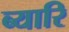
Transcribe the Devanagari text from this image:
ब्यारि